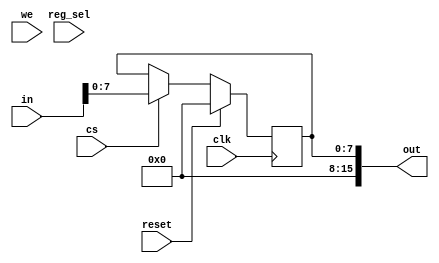
`timescale 1ns / 1ps

module ControladorSwitches(
    input clk, reset, we, cs,
    input [1:0] reg_sel,
    input [15:0] in,
    output [15:0] out
    );

    wire [7:0] swt;
    reg [7:0] swt_val;

    assign swt = in[7:0];
    assign out = {8'b0, swt_val};

    reg [7:0] swt_next;
    always@(posedge clk)
    	if (reset)
    		swt_val <= 8'd0;
    	else
        	swt_val <= swt_next;

    always@*
        if(cs)
            swt_next = swt;
        else
            swt_next = swt_val;

endmodule